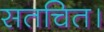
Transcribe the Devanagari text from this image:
सतचित।